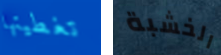
تغطيتها الخشبة